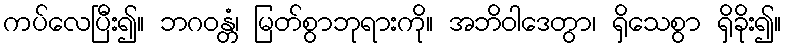
ကပ်လေပြီး၍။ ဘဂဝန္တံ၊ မြတ်စွာဘုရားကို။ အဘိဝါဒေတွာ၊ ရှိသေစွာ ရှိခိုး၍။